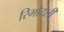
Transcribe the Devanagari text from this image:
रिमोटली